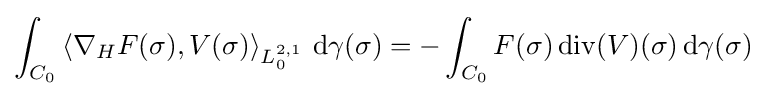
\int _{C_{0}}\left\langle \nabla _{H}F(\sigma ),V(\sigma )\right\rangle _{L_{0}^{2,1}}\,\mathrm {d} \gamma (\sigma )=-\int _{C_{0}}F(\sigma )\operatorname {div} (V)(\sigma )\,\mathrm {d} \gamma (\sigma )